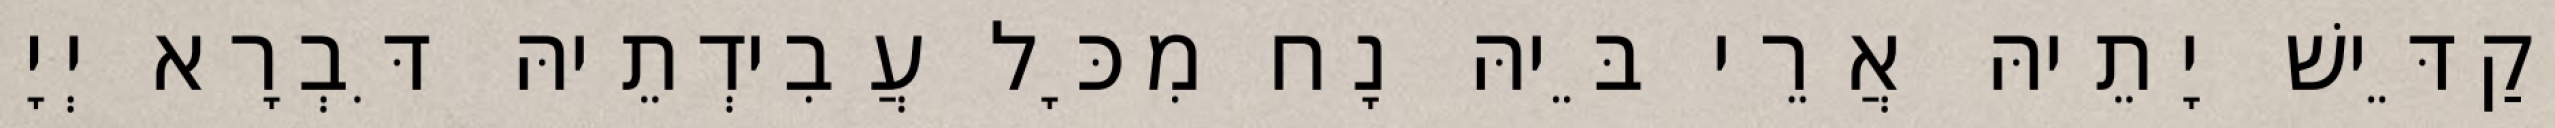
וְקַדֵּישׁ יָתֵיהּ אֲרֵי בֵּיהּ נָח מִכָּל עֲבִידְתֵיהּ דִּבְרָא יְיָ